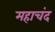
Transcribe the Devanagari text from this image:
महाचंद